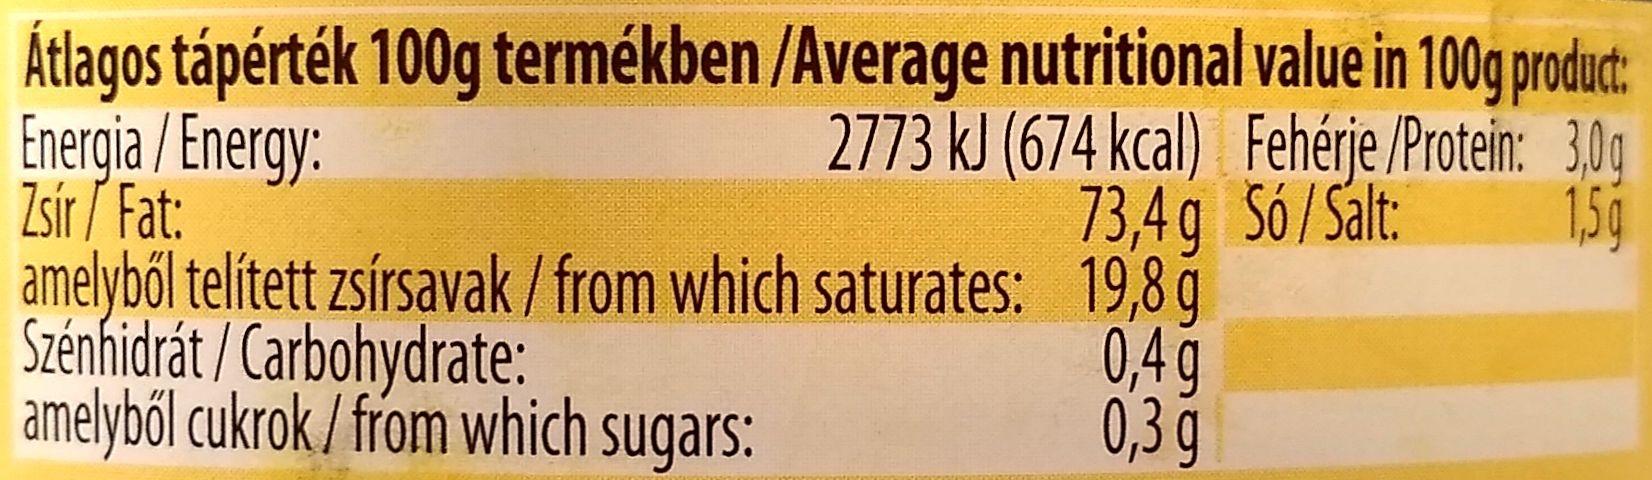
Átlagos tápérték 100g termékben /Average nutritional value in 100 produt: Energia / Energy: Zsír / Fat: amelyből telített zsírsavak / from which saturates: 19,8 g Szénhidrát / Carbohydrate: amelyből cukrok / from which sugars:
2773 kJ (674 kcal) Fehérje /Protein: 3,0g 73,4 q Só/Salt: 15g
0,4g 0,3 g